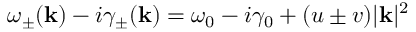
\omega _ { \pm } ( \mathbf { k } ) - i \gamma _ { \pm } ( \mathbf { k } ) = \omega _ { 0 } - i \gamma _ { 0 } + ( u \pm v ) | \mathbf { k } | ^ { 2 }